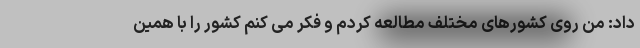
داد: من روی کشورهای مختلف مطالعه کردم و فکر می کنم کشور را با همین